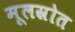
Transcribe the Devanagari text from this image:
मूलस्रोत